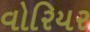
વોરિયર